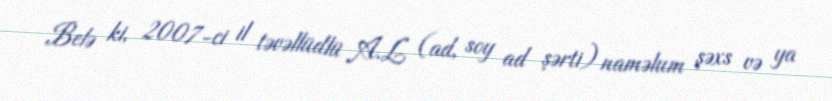
Belə ki, 2007-ci il təvəllüdlü A.L (ad, soy ad şərti) naməlum şəxs və ya